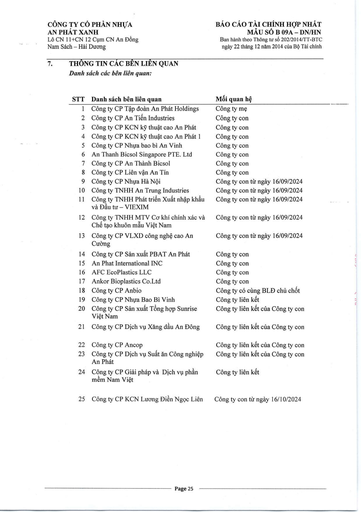
|STT|Danh sách bên liên quan|Mối quan hệ| |---|---|---| |1|Công ty CP Tập đoàn An Phát Holdings|Công ty mẹ| |2|Công ty CP An Tiến Industries|Công ty con| |3|Công ty CP KCN Kỹ thuật Cao An Phát|Công ty con| |4|Công ty CP KCN Kỹ thuật Cao An Phát 1|Công ty con| |5|Công ty CP Nhựa Bao bì An Vinh|Công ty con| |6|An Thanh Bicsol Singapore PTE. Ltd|Công ty con| |7|Công ty CP An Thành Bicsol|Công ty con| |8|Công ty CP Liên Vận An Tín|Công ty con| |9|Công ty CP Nhựa Hà Nội|Công ty con từ ngày 16/09/2024| |10|Công ty TNHH An Trung Industries|Công ty con từ ngày 16/09/2024| |11|Công ty TNHH Phát triển Xuất nhập khẩu và Đầu tư VIEXIM|Công ty con từ ngày 16/09/2024| |12|Công ty TNHH MTV Cơ khí Chính xác và Chế tạo Khuôn mẫu Việt Nam|Công ty con từ ngày 16/09/2024| |13|Công ty CP VLXD Công nghệ Cao An Cường|Công ty con từ ngày 16/09/2024| |14|Công ty CP Sản xuất PBAT An Phát|Công ty con| |15|An Phat International INC|Công ty con| |16|AFC EcoPlastics LLC|Công ty con| |17|Ankor Bioplastics Co.Ltd|Công ty con| |18|Công ty CP Anbio|Công ty có cùng BGĐ chủ chốt| |19|Công ty CP Nhựa Bao Bì Vinh|Công ty liên kết| |20|Công ty CP Sản xuất Tổng hợp Sunrise Việt Nam|Công ty liên kết của Công ty con| |21|Công ty CP Dịch vụ Xăng dầu An Đông|Công ty liên kết của Công ty con| |22|Công ty CP Ancop|Công ty liên kết của Công ty con| |23|Công ty CP Dịch vụ Suất ăn Công nghiệp An Phát|Công ty liên kết của Công ty con| |24|Công ty CP Giải pháp và Dịch vụ Phần mềm Nam Việt|Công ty liên kết| |25|Công ty CP KCN Lương Điền Ngọc Liên|Công ty con từ ngày 16/10/2024|